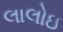
લાલોઇ